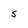
Character: S